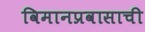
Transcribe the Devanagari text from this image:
विमानप्रवासाची